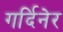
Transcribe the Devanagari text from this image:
गर्दिनेर